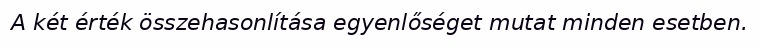
A két érték összehasonlítása egyenlőséget mutat minden esetben.